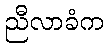
ညီလာခံက